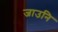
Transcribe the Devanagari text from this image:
जाउनि